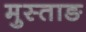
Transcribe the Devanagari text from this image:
मुस्ताङ